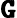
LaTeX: \pmb{\mathtt{G}}